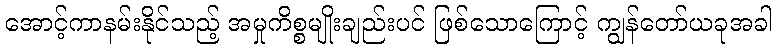
အောင့်ကာနမ်းနိုင်သည့် အမှုကိစ္စမျိုးချည်းပင် ဖြစ်သောကြောင့် ကျွန်တော်ယခုအခါ